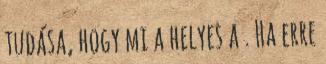
tudása, hogy mi a helyes a . Ha erre